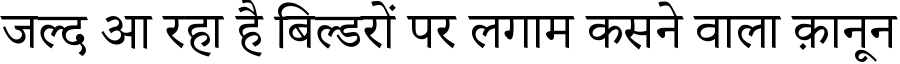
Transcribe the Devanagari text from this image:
जल्द आ रहा है बिल्डरों पर लगाम कसने वाला क़ानून